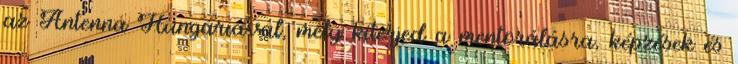
az Antenna Hungáriával, mely kiterjed a mentorálásra, képzések és